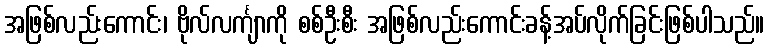
အဖြစ်လည်းကောင်း၊ ဗိုလ်လင်္ကျာကို စစ်ဦးစီး အဖြစ်လည်းကောင်းခန့်အပ်လိုက်ခြင်းဖြစ်ပါသည်။